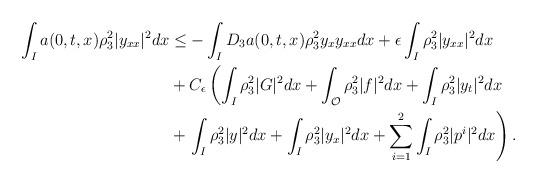
LaTeX: \begin{align*}\int_I a(0,t,x) \rho_3^2 |y_{xx}|^2 dx &\leq - \int_I D_3 a(0,t,x) \rho_3^2 y_x y_{xx}dx + \epsilon \int_I \rho_3^2 |y_{xx}|^2 dx \\&+ C_\epsilon \left(\int_I \rho_3^2 |G|^2 dx + \int_\mathcal{O} \rho_3^2 |f|^2 dx + \int_I \rho_3^2 |y_t|^2dx \right.\\&+ \left. \int_I \rho_3^2|y|^2 dx + \int_I \rho_3^2|y_x|^2 dx + \sum_{i=1}^2 \int_I \rho_3^2 |p^i|^2 dx \right).\end{align*}